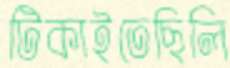
টিকাইতেছিলি